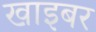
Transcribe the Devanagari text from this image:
खाइबर